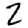
Digit: 2